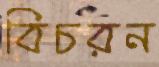
বিচরন